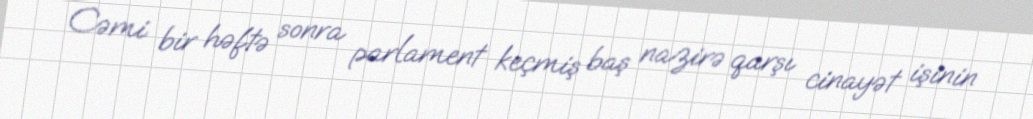
Cəmi bir həftə sonra parlament keçmiş baş nazirə qarşı cinayət işinin